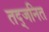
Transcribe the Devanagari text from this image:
तद्जनित